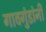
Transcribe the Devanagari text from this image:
गावगुंडांनी